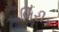
લિરીક